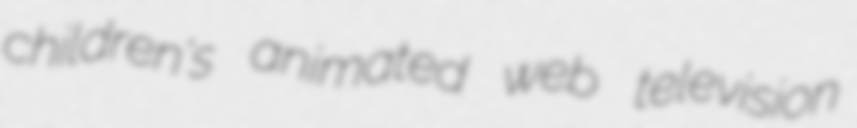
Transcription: children's animated web television